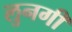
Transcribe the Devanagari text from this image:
लुनगी